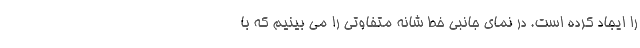
را ایجاد کرده است. در نمای جانبی خط شانه متفاوتی را می بینیم که با